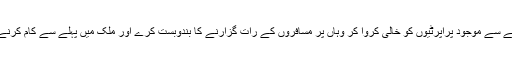
موجودہ حکومت شیلٹر ہومز کے نام سے نئی انویسٹمنٹ کرنے کی بجائے اوقاف کی پہلے سے موجود پراپرٹیوں کو خالی کروا کر وہاں پر مسافروں کے رات گزارنے کا بندوبست کرے اور ملک میں پہلے سے کام کرنے والی سماجی تنظیموں کو وہاں پر کھانے کا بندوبست کرنے کی ذمہ داریاں سونپ دے۔